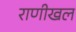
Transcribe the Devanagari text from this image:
राणीखल